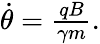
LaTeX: \begin{array}{r}{\dot{\theta}=\frac{qB}{\gamma m}.}\end{array}